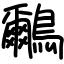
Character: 鸍